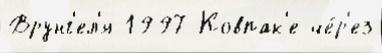
Врунг'ел'я 1997 Ковпак'е че́р'ез